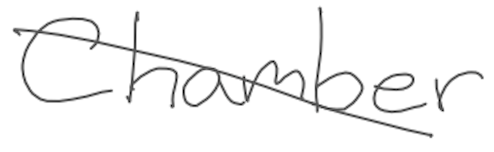
Text: Chamber
Cross-out: mix
Writing tool: digital_gray